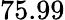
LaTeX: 75.99